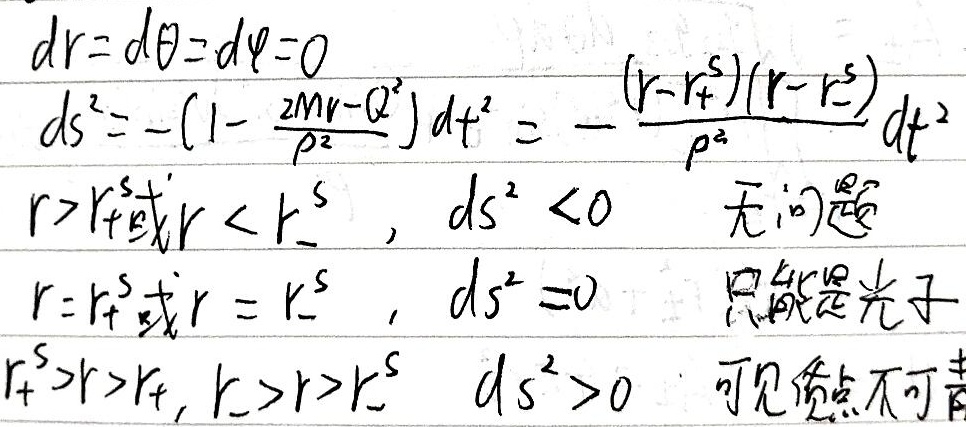
当 \(dr = d\theta = d\varphi = 0\) 时，
\(ds^{2}=-(1 - \frac{2Mr - Q^{2}}{\rho^{2}})dt^{2}=-\frac{(r - r_{+}^{s})(r - r_{-}^{s})}{\rho^{2}}dt^{2}\)。
当 \(r>r_{+}^{s}\) 或 \(r < r_{-}^{s}\) 时，\(ds^{2}<0\)，无问题。
当 \(r = r_{+}^{s}\) 或 \(r = r_{-}^{s}\) 时，\(ds^{2}=0\)，只能是光子。
当 \(r_{+}^{s}>r>r_{+}\)，\(r_{-}>r>r_{-}^{s}\) 时，\(ds^{2}>0\)，可见负点不可靠。